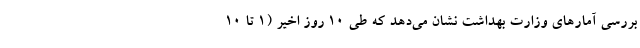
بررسی آمارهای وزارت بهداشت نشان می‌دهد که طی ۱۰ روز اخیر (۱ تا ۱۰